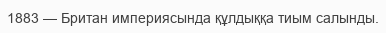
1883 — Британ империясында құлдыққа тиым салынды.